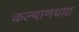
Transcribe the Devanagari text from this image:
कल्याणथाट